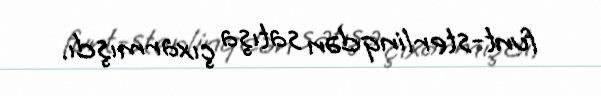
funt-sterlinqdən satışa çıxarmışdı.